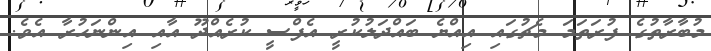
މުބާރާތުގެ ފުރަތަމަ މެޗުގައި އިއްޔެ ބައްދަލުކުރީ އެފްސީ ކުރެއްދޫ އާއި އިންނަހުރާ އެވެ.